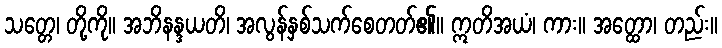
သတ္တေ၊ တို့ကို။ အဘိနန္ဒယတိ၊ အလွန်နှစ်သက်စေတတ်၏။ ဣတိအယံ၊ ကား။ အတ္ထော၊ တည်း။